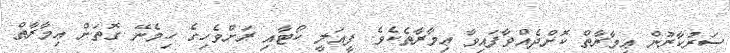
ސަރުކާރުން ޢިމާރާތް ކޮށްދެއްވާފައިވާ ޢިމާރާތެކެވެ. ފީއަލީ ކޯޓާއި ރަށްވެހިގެ ހިމެނޭ ގޮތަށް ޢިމާރާތް